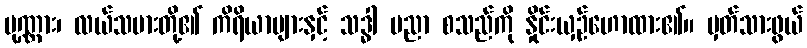
ပုဏ္ဏား၊ လယ်သမားတို့၏ ကိရိယာများနှင့် သဒ္ဓါ ပညာ စသည်ကို နှိုင်းယှဉ်ဟောထား၏။ မှတ်သားဖွယ်